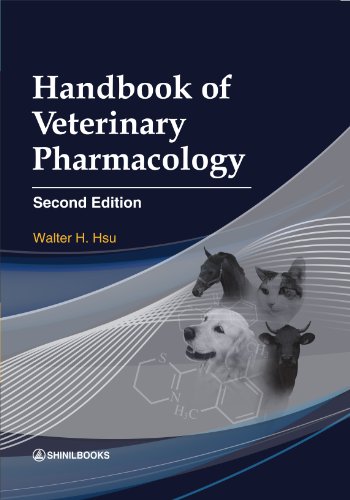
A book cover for Handbook of Veterinary Pharmacology Second Edition; Walter H. Hsu; Medical Books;